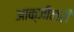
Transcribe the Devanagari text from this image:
आक्जीलरी